Indian journal of veterinary science and animal husbandry - Volume 13,
Year: 1943
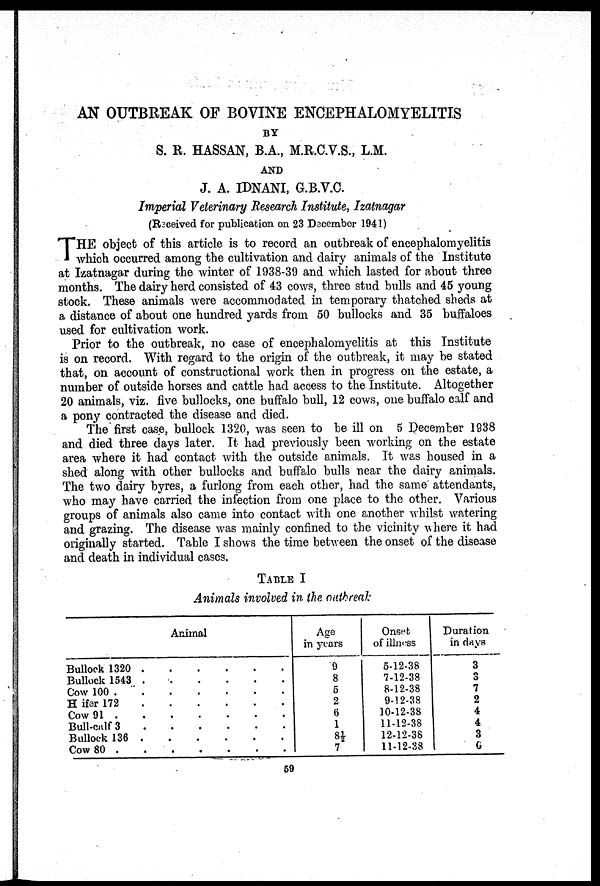
AN OUTBREAK OF BOVINE ENCEPHALOMYELITIS
BY
S. R. HASSAN, B.A., M.R.C.V.S., L.M.
AND
J. A. IDNANI, G.B.V.C.
Imperial Veterinary Research Institute, Izatnagar
(Received for publication on 23 December 1941)
THE object of this article is to record an outbreak of encephalomyelitis
which occurred among the cultivation and dairy animals of the Institute
at Izatnagar during the winter of 1938-39 and which lasted for about three
months. The dairy herd consisted of 43 cows, three stud bulls and 45 young
stock. These animals were accommodated in temporary thatched sheds at
a distance of about one hundred yards from 50 bullocks and 35 buffaloes
used for cultivation work.
Prior to the outbreak, no case of encephalomyelitis at this Institute
is on record. With regard to the origin of the outbreak, it may be stated
that, on account of constructional work then in progress on the estate, a
number of outside horses and cattle had access to the Institute. Altogether
20 animals, viz. five bullocks, one buffalo bull, 12 cows, one buffalo calf and
a pony contracted the disease and died.
The first case, bullock 1320, was seen to be ill on 5 December 1938
and died three days later. It had previously been working on the estate
area where it had contact with the outside animals. It was housed in a
shed along with other bullocks and buffalo bulls near the dairy animals.
The two dairy byres, a furlong from each other, had the same attendants,
who may have carried the infection from one place to the other. Various
groups of animals also came into contact with one another whilst watering
and grazing. The disease was mainly confined to the vicinity where it had
originally started. Table I shows the time between the onset of the disease
and death in individual cases.
TABLE I
Animals involved in the outbreak
Animal
Bullock 1320
Bullock 1543
Cow 100
H ifer 172
Cow 91
Bull-calf 3
Bullock 136
Cow 80
Age
in years
9
8
5
2
6
1
8½
7
Onset
of illness
5-12-38
7-12-38
8-12-38
9-12-38
10-12-38
11-12-38
12-12-38
11-12-38
Duration
in days
3
3
7
2
4
4
3
6
59